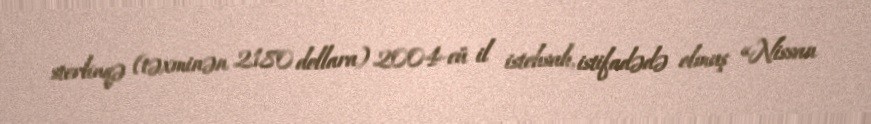
sterlinqə (təxminən 2180 dollara) 2004-cü il istehsalı, istifadədə olmuş «Nissan